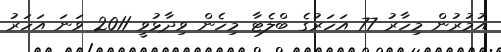
އުމުރުން މިހާރު 77 އަހަރުގެ ބްލެޓާ މިހެން ވިދާޅުވީ 2011 ވަނަ އަހަރު